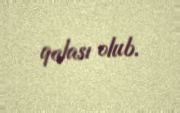
qalası olub.